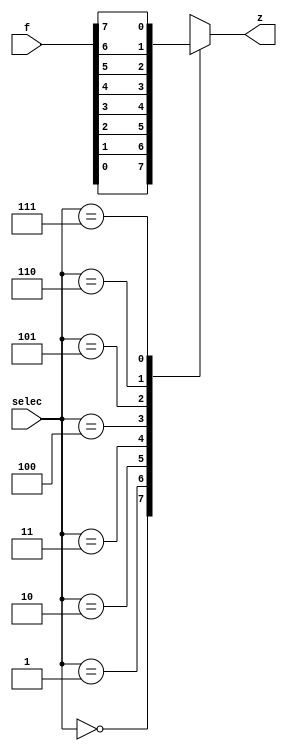
`timescale 1ns / 1ps
														//este multiplexor sirve para seleccionar la frecuencia a utilizar en el pwm
module Mux_Frec(
    input [7:0] f,//8 frecuencias de entrada
    input [2:0] selec,//3 selectores de entrada
    output reg z //salida de la frecuencia seleccionada
    );

always @* 
	begin
		case (selec)
		3'b000: z = f[0];       //se define la estructura de un multiplexor 
		3'b001: z = f[1];
		3'b010: z = f[2];
		3'b011: z = f[3];
		3'b100: z = f[4];
		3'b101: z = f[5];
		3'b110: z = f[6];
		3'b111: z = f[7];
		default:z = f[0];
		endcase
	end
endmodule